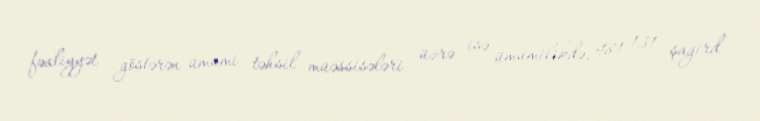
fəaliyyət göstərən ümumi təhsil müəssisələri üzrə isə ümumilikdə, 481 131 şagird